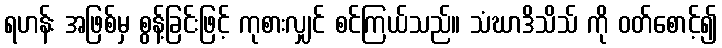
ရဟန်း အဖြစ်မှ စွန့်ခြင်းဖြင့် ကုစားလျှင် စင်ကြယ်သည်။ သံဃာဒိသိသ် ကို ဝတ်စောင့်၍